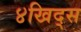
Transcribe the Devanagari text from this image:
४खिद्स